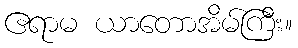
ဧရာမ ယာတောအိမ်ကြီး။